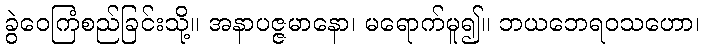
ခွဲဝေကြံစည်ခြင်းသို့။ အနာပဇ္ဇမာနော၊ မရောက်မူ၍။ ဘယဘေရဝသဟော၊